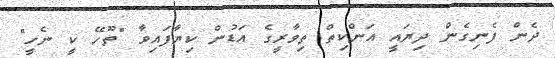
ދެން ފެނިގެން ދިޔައީ އަންކިތް ތިވާރީގެ އަޑުން ކިޔާފައިވާ "ތޫހޭ ކީ ނެހީ"